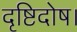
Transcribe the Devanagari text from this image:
दृष्टिदोष।